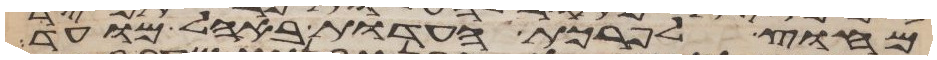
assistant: מחוץ לפרכת העדות באהל מועד